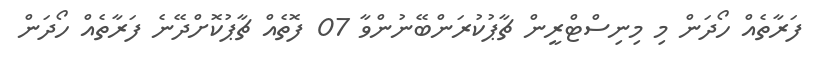
ފަރާތެއް ހޯދަން މި މިނިސްޓްރީން ޗާޕުކުރަންބޭނުންވާ 07 ފޮތެއް ޗާޕުކޮށްދޭނެ ފަރާތެއް ހޯދަން